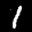
Label: 1